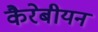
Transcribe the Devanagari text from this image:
कैरेबीयन